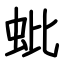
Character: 蚍